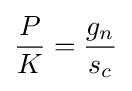
{\frac {P}{K}}={\frac {g_{n}}{s_{c}}}